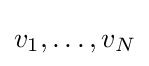
v_{1},\dots ,v_{N}